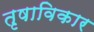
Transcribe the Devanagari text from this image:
तृषाविकार